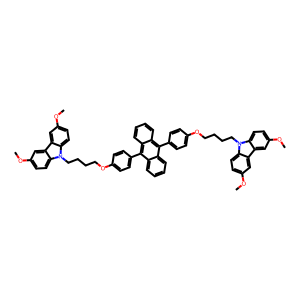
SMILES: COc1ccc2c(c1)c1cc(OC)ccc1n2CCCCOc1ccc(-c2c3ccccc3c(-c3ccc(OCCCCn4c5ccc(OC)cc5c5cc(OC)ccc54)cc3)c3ccccc23)cc1
Inhibits HIV replication: No